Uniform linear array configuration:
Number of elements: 12
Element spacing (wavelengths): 0.25
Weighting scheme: cosine
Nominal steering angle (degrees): -60
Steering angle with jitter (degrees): -58.494
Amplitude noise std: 0.05
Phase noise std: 0.05

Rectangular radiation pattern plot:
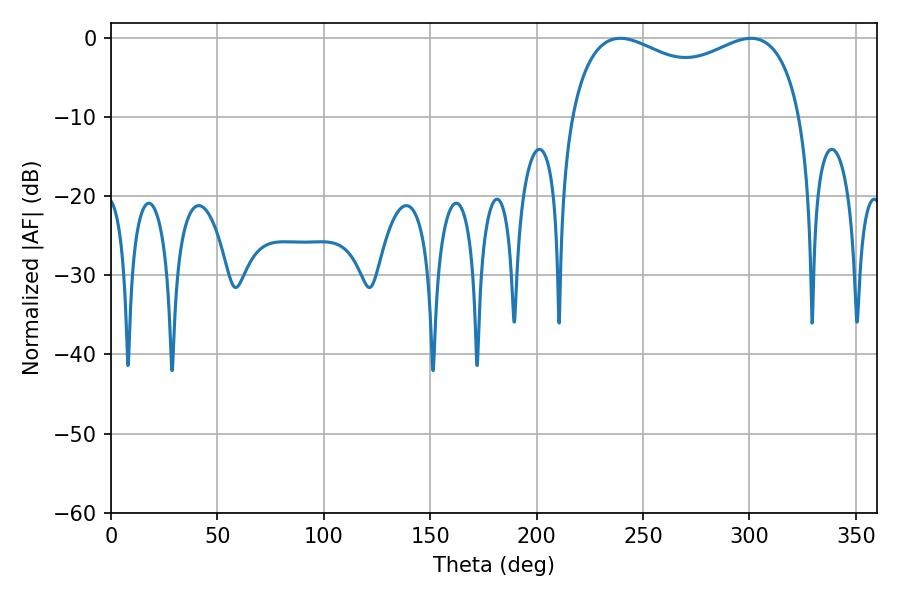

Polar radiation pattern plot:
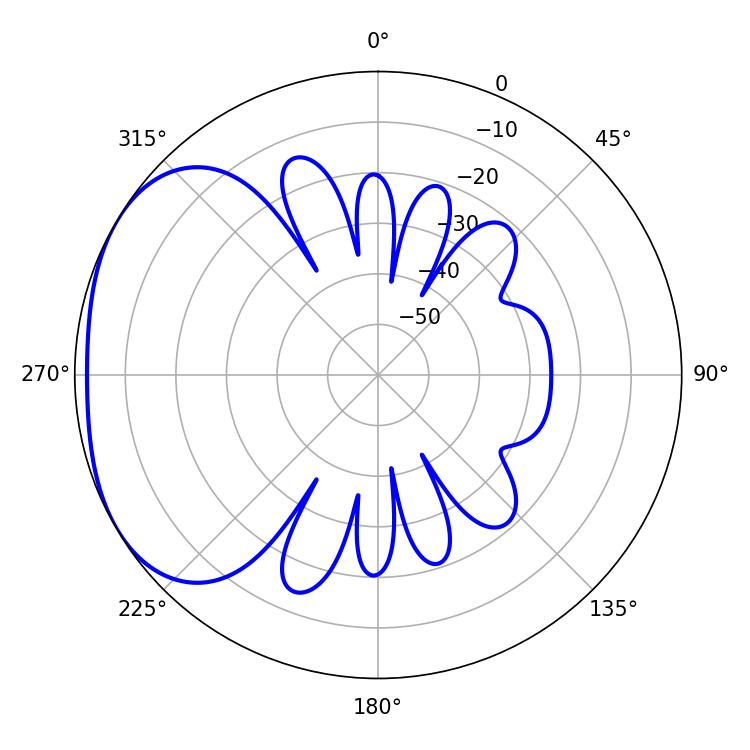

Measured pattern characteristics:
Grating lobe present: FALSE
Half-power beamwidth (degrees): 90
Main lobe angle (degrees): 300.78